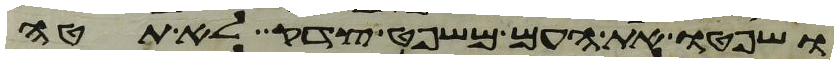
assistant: ושפטו את העם משפט צדק לא תטה